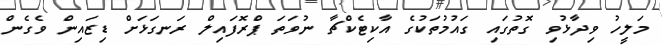
މަލީހު ވިދާޅުވި ގޮތުގައި ގައުމުތަކުގެ އާކިޓެކްޗާ ނުވަތަ ޕްރޮފައިލް ރަނގަޅަށް ޑިޒައިން ވެގެން